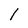
Character: 1